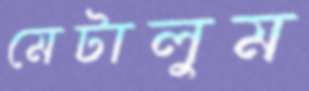
মেটালুম